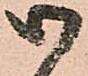
御